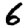
Digit: 6